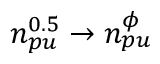
n _ { p u } ^ { 0 . 5 } \rightarrow n _ { p u } ^ { \phi }